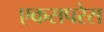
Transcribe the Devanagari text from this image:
एकसपरेस